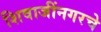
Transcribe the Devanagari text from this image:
शिवाजींनगरचे